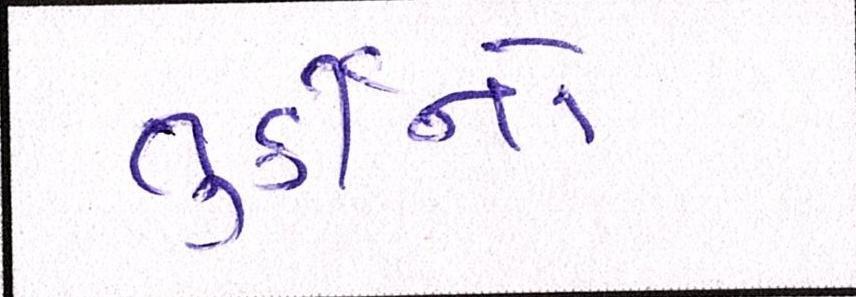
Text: તુર્કીનો